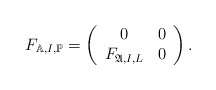
\begin{align*} F_{\mathbb{A},I,\mathbb{P}}=\left( \begin{array}{cc} 0 & 0 \\ F_{\mathfrak{A},I,L} & 0 \\ \end{array} \right).\end{align*}